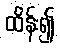
ထိန်း၍